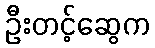
ဦးတင့်ဆွေက